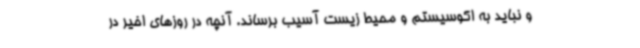
و نباید به اکوسیستم و محیط زیست آسیب برساند. آنچه در روزهای اخیر در